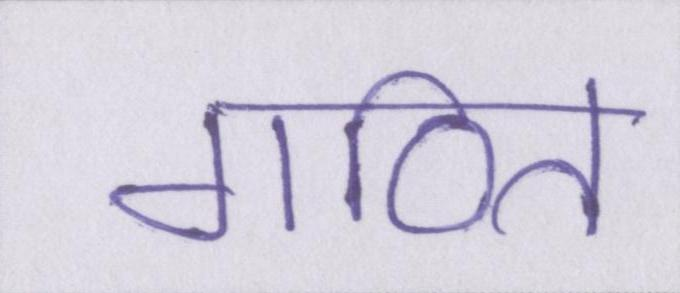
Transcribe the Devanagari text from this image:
गठित